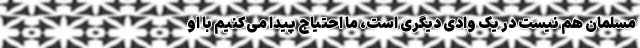
مسلمان هم نیست در یک وادی دیگری است، ما احتیاج پیدا می‌کنیم با او